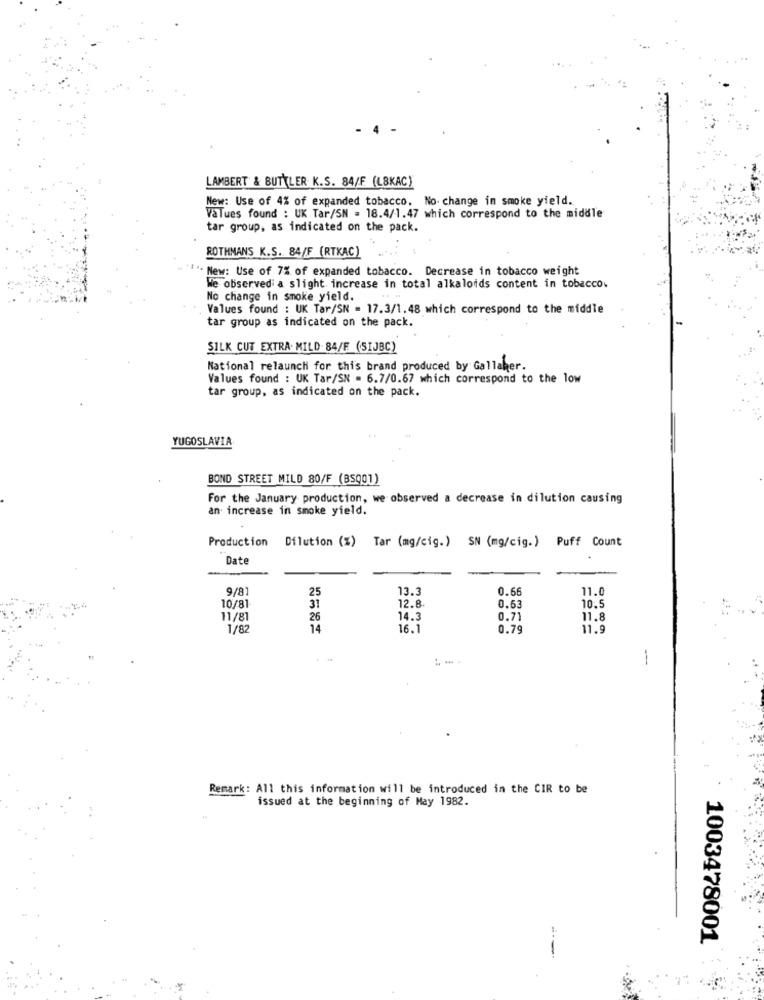
LAMBERT & BUTTLER K.S. 84/F (LBKAC)
New: Use of 4% of expanded tobacco. No change in smoke yield.
VaTues found : UK Tar/SN = 18.4/1.47 which correspond to the middle
tar group, as indicated on the pack.
ROTHMANS K.S. 84/F (RTKAC)
"I" New: Use of 7% of expanded tobacco. Decrease in tobacco weight
We observed a slight increase in total alkaloids content in tobacco.
No change in smoke yield.
Values found : UK Tar/SN = 17.3/1.48 which correspond to the middle
tar group as indicated on the pack.
SILK CUT EXTRA. MILD 84/F (SIJBC)
National relaunch for this brand produced by Gallaher.
Values found : UK Tar/SN = 6.7/0.67 which correspond to the low
tar group, as indicated on the pack.
YUGOSLAVIA
BOND STREET MILD 80/F (BSQ01)
For the January production, we observed a decrease in dilution causing
an increase in smoke yield.
Production Dilution (%) Tar (mg/cig.) SN (mg/cig.) Puff Count
Date
9/81
25
13.3
0.66
11.
12.8
10/81
31
0.63
10.
11/81
26
14.3
0.71
11.8
1/82
14
16.1
0.79
11.9
-
Remark: All this information will be introduced in the CIR to be
issued at the beginning of May 1982.
1003478001